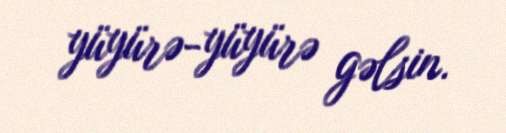
yüyürə-yüyürə gəlsin.